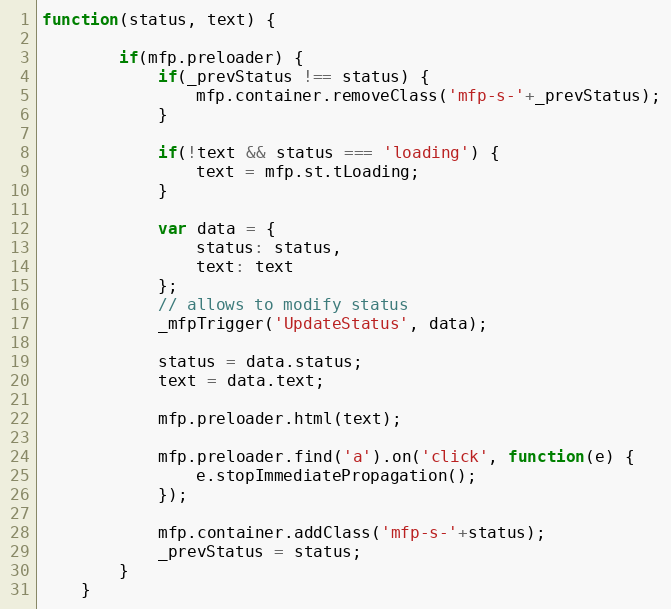
Language: JavaScript
function(status, text) {

		if(mfp.preloader) {
			if(_prevStatus !== status) {
				mfp.container.removeClass('mfp-s-'+_prevStatus);
			}

			if(!text && status === 'loading') {
				text = mfp.st.tLoading;
			}

			var data = {
				status: status,
				text: text
			};
			// allows to modify status
			_mfpTrigger('UpdateStatus', data);

			status = data.status;
			text = data.text;

			mfp.preloader.html(text);

			mfp.preloader.find('a').on('click', function(e) {
				e.stopImmediatePropagation();
			});

			mfp.container.addClass('mfp-s-'+status);
			_prevStatus = status;
		}
	}